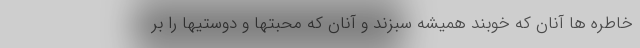
خاطره ها آنان که خوبند همیشه سبزند و آنان که محبتها و دوستیها را بر